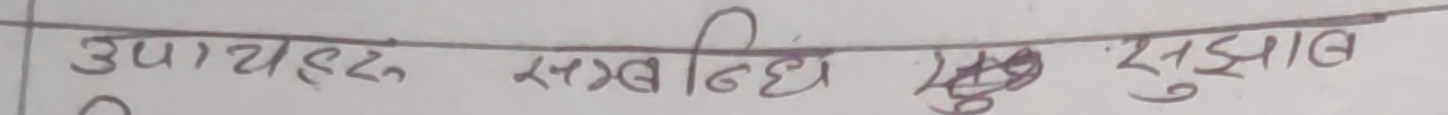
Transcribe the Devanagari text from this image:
उपायहरु सम्बन्धी सुझाव